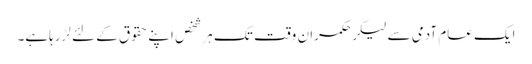
ایک عام آدمی سے لیکرحکمران وقت تک ہرشخص اپنے حقوق کے لئے لڑرہاہے۔